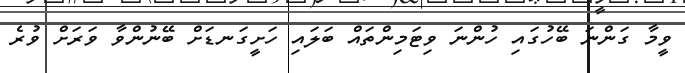
ވީމާ ގަންނަ ބޭހުގައި ހުންނަ ވިޓަމިންތައް ބަލައި ހަށީގަނޑަށް ބޭނުންވާ ވަރަށް ވުރެ